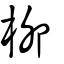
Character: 柳